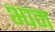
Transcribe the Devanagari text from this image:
भ्पम